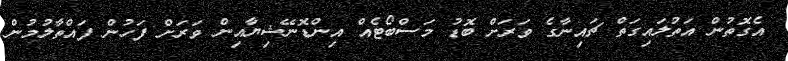
އެގޮތުން އަތުލައިގަތް ޗައިނާގެ ވަރަށް ބޮޑު މަސްބޯޓެއް އިންޑޮނޭޝިޔާއިން ވަރަށް ފަހުން ފައްތާލުމުން